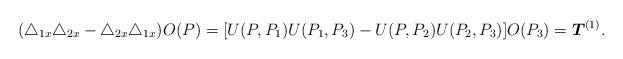
LaTeX: \begin{align*}(\triangle _{1x}\triangle _{2x}-\triangle _{2x}\triangle_{1x})O(P)=[U(P,P_{1})U(P_{1},P_{3})-U(P,P_{2})U(P_{2},P_{3})]O(P_{3})=\mbox{\boldmath{$T$}}^{(1)}.\end{align*}